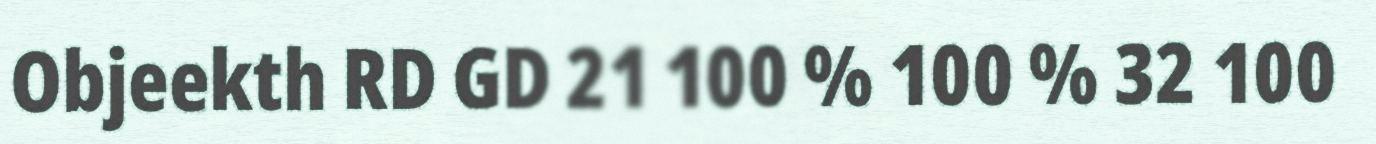
Objeekth RD GD 21 100 % 100 % 32 100